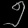
Digit: ၅